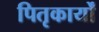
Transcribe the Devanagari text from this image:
पितृकार्यों